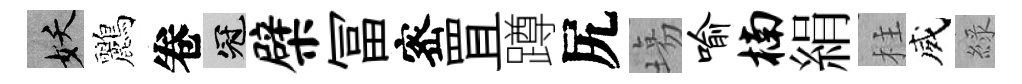
妖鸝卷冠檗冨宻罝蹲尻塲喻楠絹柱威綠